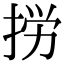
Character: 𢭐